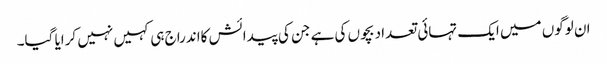
ان لوگوں میں ایک تہائی تعداد بچوں کی ہے جن کی پیدائش کااندراج ہی کہیں نہیں کرایا گیا۔